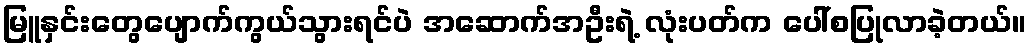
မြူနှင်းတွေပျောက်ကွယ်သွားရင်ပဲ အဆောက်အဦးရဲ့ လုံးပတ်က ပေါ်စပြုလာခဲ့တယ်။